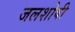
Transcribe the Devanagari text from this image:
जलशोषी